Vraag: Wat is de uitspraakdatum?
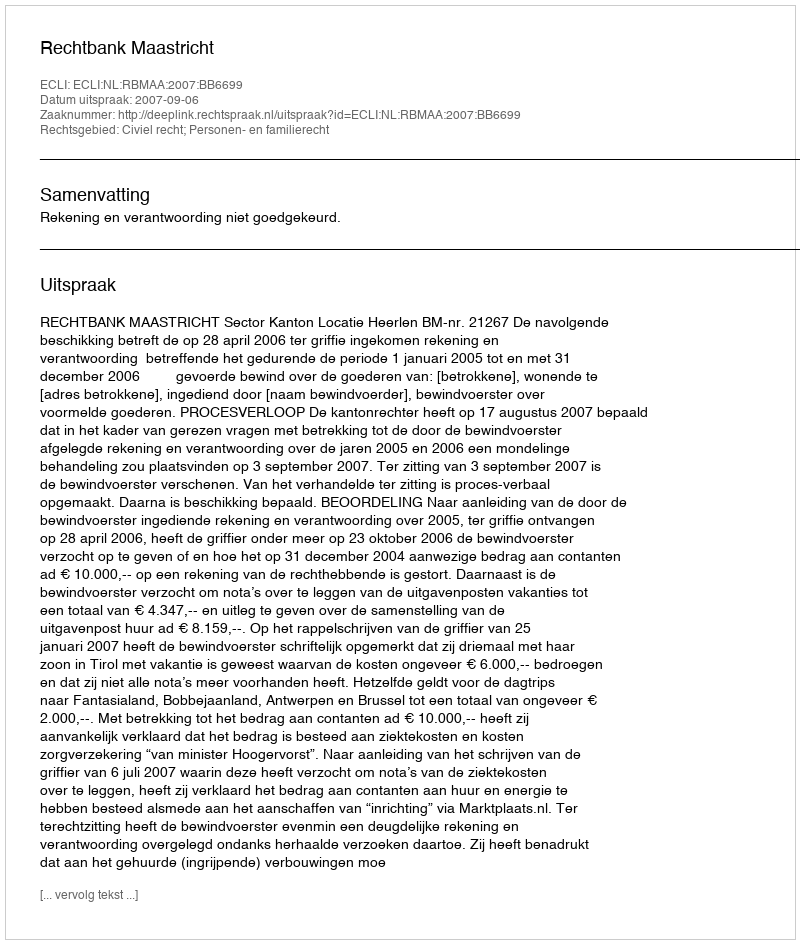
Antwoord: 2007-09-06